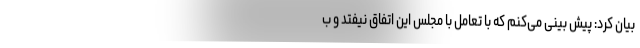
بیان کرد: پیش بینی می‌کنم که با تعامل با مجلس این اتفاق نیفتد و ب